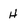
Character: H